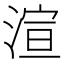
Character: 渲